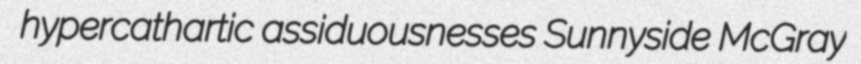
hypercathartic assiduousnesses Sunnyside McGray